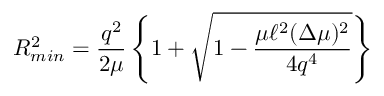
R _ { m i n } ^ { 2 } = \frac { q ^ { 2 } } { 2 \mu } \left\{ 1 + \sqrt { 1 - \frac { \mu \ell ^ { 2 } ( \Delta \mu ) ^ { 2 } } { 4 q ^ { 4 } } } \right\}